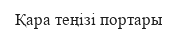
Қара теңізі портары